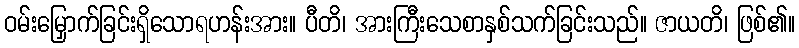
ဝမ်းမြှောက်ခြင်းရှိသောရဟန်းအား။ ပီတိ၊ အားကြီးသေစာနှစ်သက်ခြင်းသည်။ ဇာယတိ၊ ဖြစ်၏။